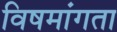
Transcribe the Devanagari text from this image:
विषमांगता